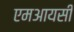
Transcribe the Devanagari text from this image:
एमआयसी